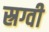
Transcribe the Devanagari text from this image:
स्रग्वी